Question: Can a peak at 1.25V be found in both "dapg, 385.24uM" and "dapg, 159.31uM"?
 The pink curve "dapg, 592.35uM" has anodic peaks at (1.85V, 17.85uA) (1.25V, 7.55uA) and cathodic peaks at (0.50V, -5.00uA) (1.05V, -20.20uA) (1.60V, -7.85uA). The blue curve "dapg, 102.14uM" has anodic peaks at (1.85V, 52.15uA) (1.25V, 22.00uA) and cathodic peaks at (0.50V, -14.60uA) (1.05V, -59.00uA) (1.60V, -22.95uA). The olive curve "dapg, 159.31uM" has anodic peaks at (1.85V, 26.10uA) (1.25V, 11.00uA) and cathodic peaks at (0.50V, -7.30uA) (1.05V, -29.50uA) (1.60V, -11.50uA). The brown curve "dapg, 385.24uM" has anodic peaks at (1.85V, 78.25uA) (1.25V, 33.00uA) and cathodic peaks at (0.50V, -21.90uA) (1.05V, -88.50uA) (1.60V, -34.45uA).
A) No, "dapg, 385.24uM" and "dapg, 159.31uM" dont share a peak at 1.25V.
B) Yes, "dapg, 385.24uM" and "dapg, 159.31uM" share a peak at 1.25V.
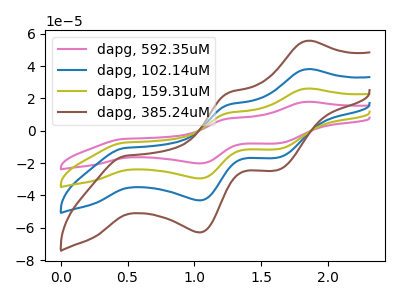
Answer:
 <answer>B) Yes, "dapg, 385.24uM" and "dapg, 159.31uM" share a peak at 1.25V.</answer>
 <eval>B</eval>